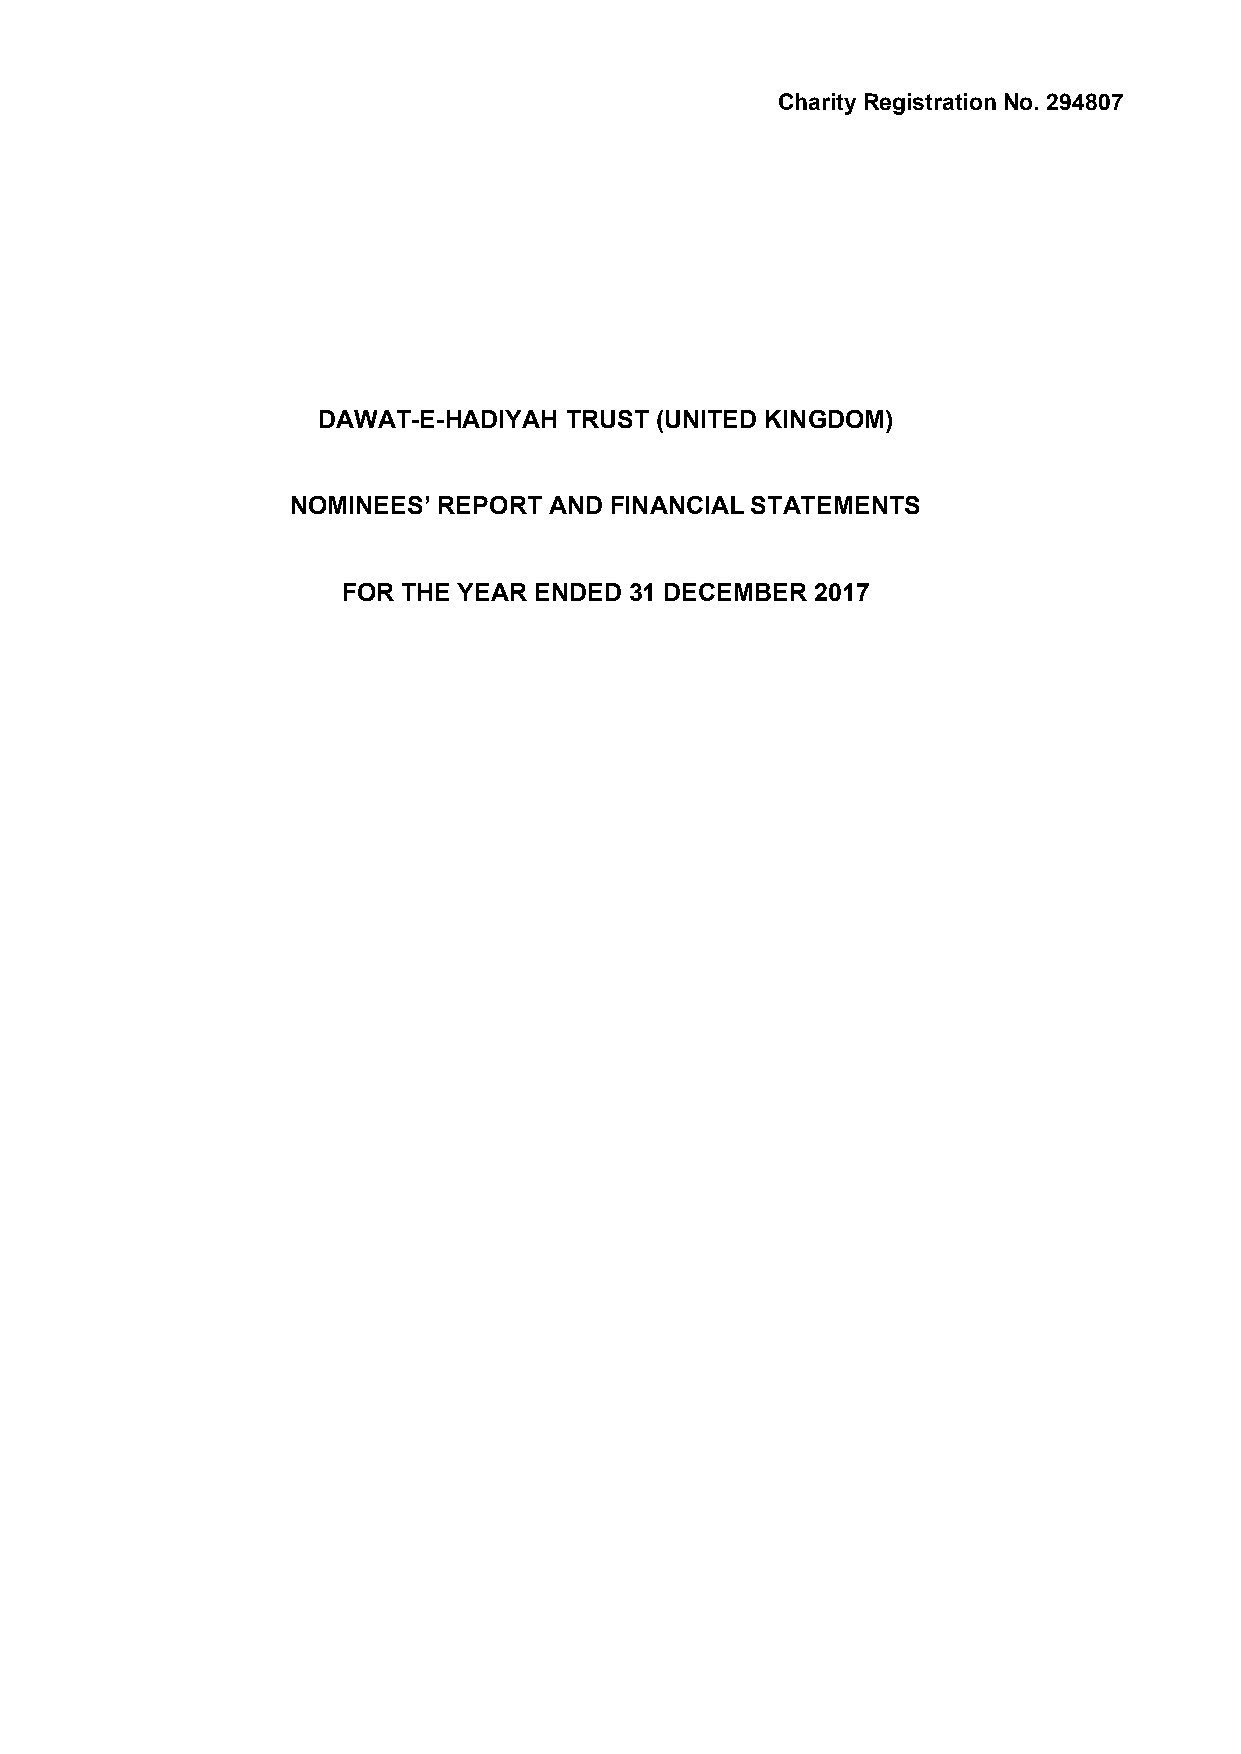
Charity Registration No. 294807
 DAWAT-E-HADIYAH TRUST (UNITED KINGDOM)
 NOMINEES’ REPORT AND FINANCIAL STATEMENTS
 FOR THE YEAR ENDED 31 DECEMBER 2017